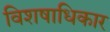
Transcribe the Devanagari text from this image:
विशषाधिकार